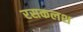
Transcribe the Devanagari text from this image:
रसकलश